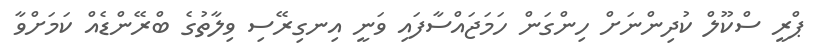
ޕްރީ ސްކޫލް ކުދިންނަށް ހިންގަން ހަމަޖައްސާފައި ވަނީ އިނގިރޭސި ވިލާތުގެ ބްރޭންޑެއް ކަމަށްވާ